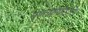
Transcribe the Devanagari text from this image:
मुक्तप्रायोऽसि